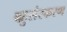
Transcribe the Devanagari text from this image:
बहुसंस्करण